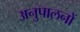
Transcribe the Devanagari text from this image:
अनुपालनों